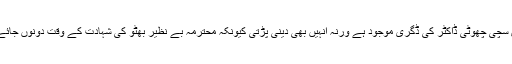
شکر ہے بابر اعوان کے پاس سچی چھوٹی ڈاکٹر کی ڈگری موجود ہے ورنہ انہیں بھی دینی پڑتی کیونکہ محترمہ بے نظیر بھٹو کی شہادت کے وقت دونوں جائے وقوع سے فرار ہوئے تھے۔